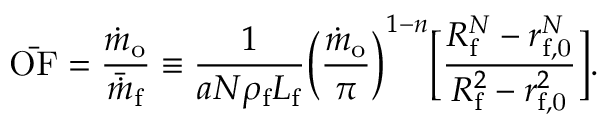
\bar { \mathrm { O F } } = \frac { \dot { m } _ { \mathrm { o } } } { \bar { \dot { m } } _ { \mathrm { f } } } \equiv \frac { 1 } { a N \rho _ { \mathrm { f } } L _ { \mathrm { f } } } \bigg ( \frac { \dot { m } _ { \mathrm { o } } } { \pi } \bigg ) ^ { 1 - n } \bigg [ \frac { R _ { \mathrm { f } } ^ { N } - r _ { \mathrm { f , 0 } } ^ { N } } { R _ { \mathrm { f } } ^ { 2 } - r _ { \mathrm { f , 0 } } ^ { 2 } } \bigg ] .